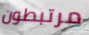
مرتبطون